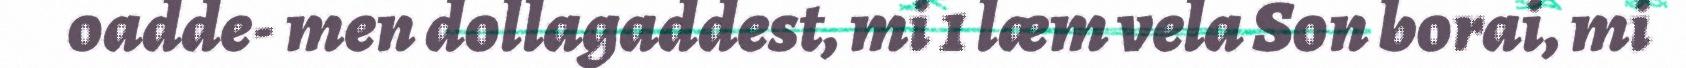
oadde- men dollagaddest, mi 1 læm vela Son borai, mi